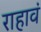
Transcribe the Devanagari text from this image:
राहावं